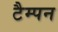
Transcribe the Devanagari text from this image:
टैम्पन